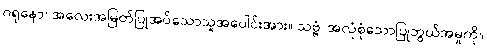
ဂရုနော၊ အလေးအမြတ်ပြုအပ်သောသူအပေါင်းအား။ သဗ္ဗံ၊ အလုံစုံသောပြုဘွယ်အမှုကို။